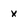
Character: x